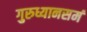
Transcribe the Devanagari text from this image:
गुरुध्यानसमं